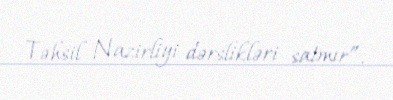
Təhsil Nazirliyi dərslikləri satmır”.